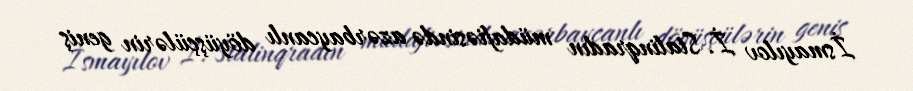
İsmayılov İ. Stalinqradın müdafiəsində azərbaycanlı döyüşçülərin geniş